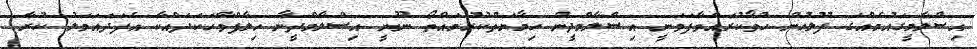
އިސްލާމީގައުމެއްގަ ފުލުހުން ހުވާކުރައްވާފަވަނީ އިސްލާމްދީން ހިމާޔަތްކުރުމައްތޯ ނޫނީ އިސްލާމްދީނާ ހިލާފްވާހަކަދައްކާ އެފަދައަމަލު ކުރާ